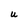
Character: U